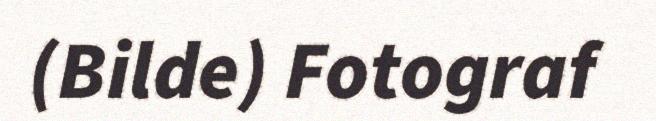
(Bilde) Fotograf